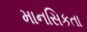
માનસિકતા